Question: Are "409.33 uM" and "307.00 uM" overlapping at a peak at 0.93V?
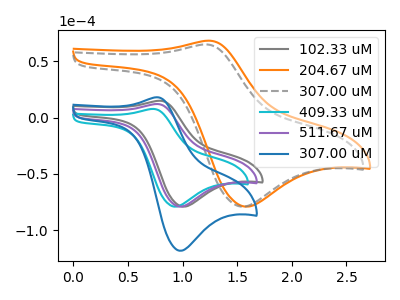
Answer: <think>The gray curve "102.33 uM" has an anodic peak at (0.80V, 14.95uA) and a cathodic peak at (1.00V, -79.05uA). The orange curve "204.67 uM" has an anodic peak at (1.25V, 68.30uA) and a cathodic peak at (1.60V, -79.05uA). The gray dashed curve "307.00 uM" has an anodic peak at (1.20V, 64.95uA) and a cathodic peak at (1.55V, -79.05uA). The cyan curve "409.33 uM" has an anodic peak at (0.75V, 7.70uA) and a cathodic peak at (0.95V, -79.05uA). The purple curve "511.67 uM" has an anodic peak at (0.75V, 12.05uA) and a cathodic peak at (1.00V, -79.05uA). The blue curve "307.00 uM" has an anodic peak at (0.75V, 18.05uA) and a cathodic peak at (1.00V, -118.20uA).</think>
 <answer>Yes, "409.33 uM" and "307.00 uM" share a peak at 0.93V.</answer>
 <eval>match</eval>